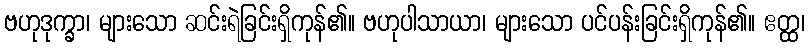
ဗဟုဒုက္ခာ၊ များသော ဆင်းရဲခြင်းရှိကုန်၏။ ဗဟုပါသာယာ၊ များသော ပင်ပန်းခြင်းရှိကုန်၏။ ဧတ္ထ၊